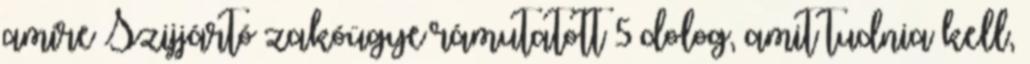
amire Szijjártó zakóügye rámutatott 5 dolog, amit tudnia kell,